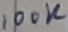
Text: 100K